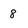
Character: 8